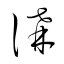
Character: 講